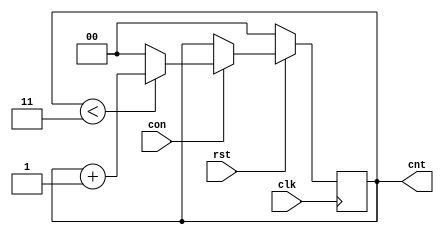
module counter(clk, rst, con, cnt);
    input clk, rst, con;
    output reg [1:0] cnt;

    always @(posedge clk)
    if (!rst) // 
        cnt <= 0;
    else begin
        if (con) begin
            if (cnt < 3) cnt <= cnt + 1;
            else cnt <= 0;
        end
    end
endmodule